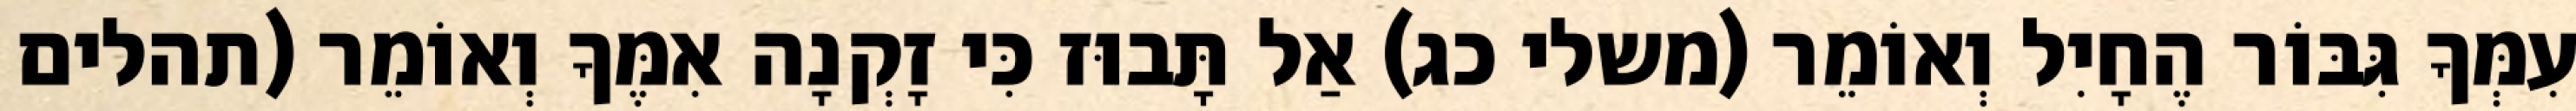
עִמְּךָ גִּבּוֹר הֶחָיִל וְאוֹמֵר (משלי כג) אַל תָּבוּז כִּי זָקְנָה אִמֶּךָ וְאוֹמֵר (תהלים